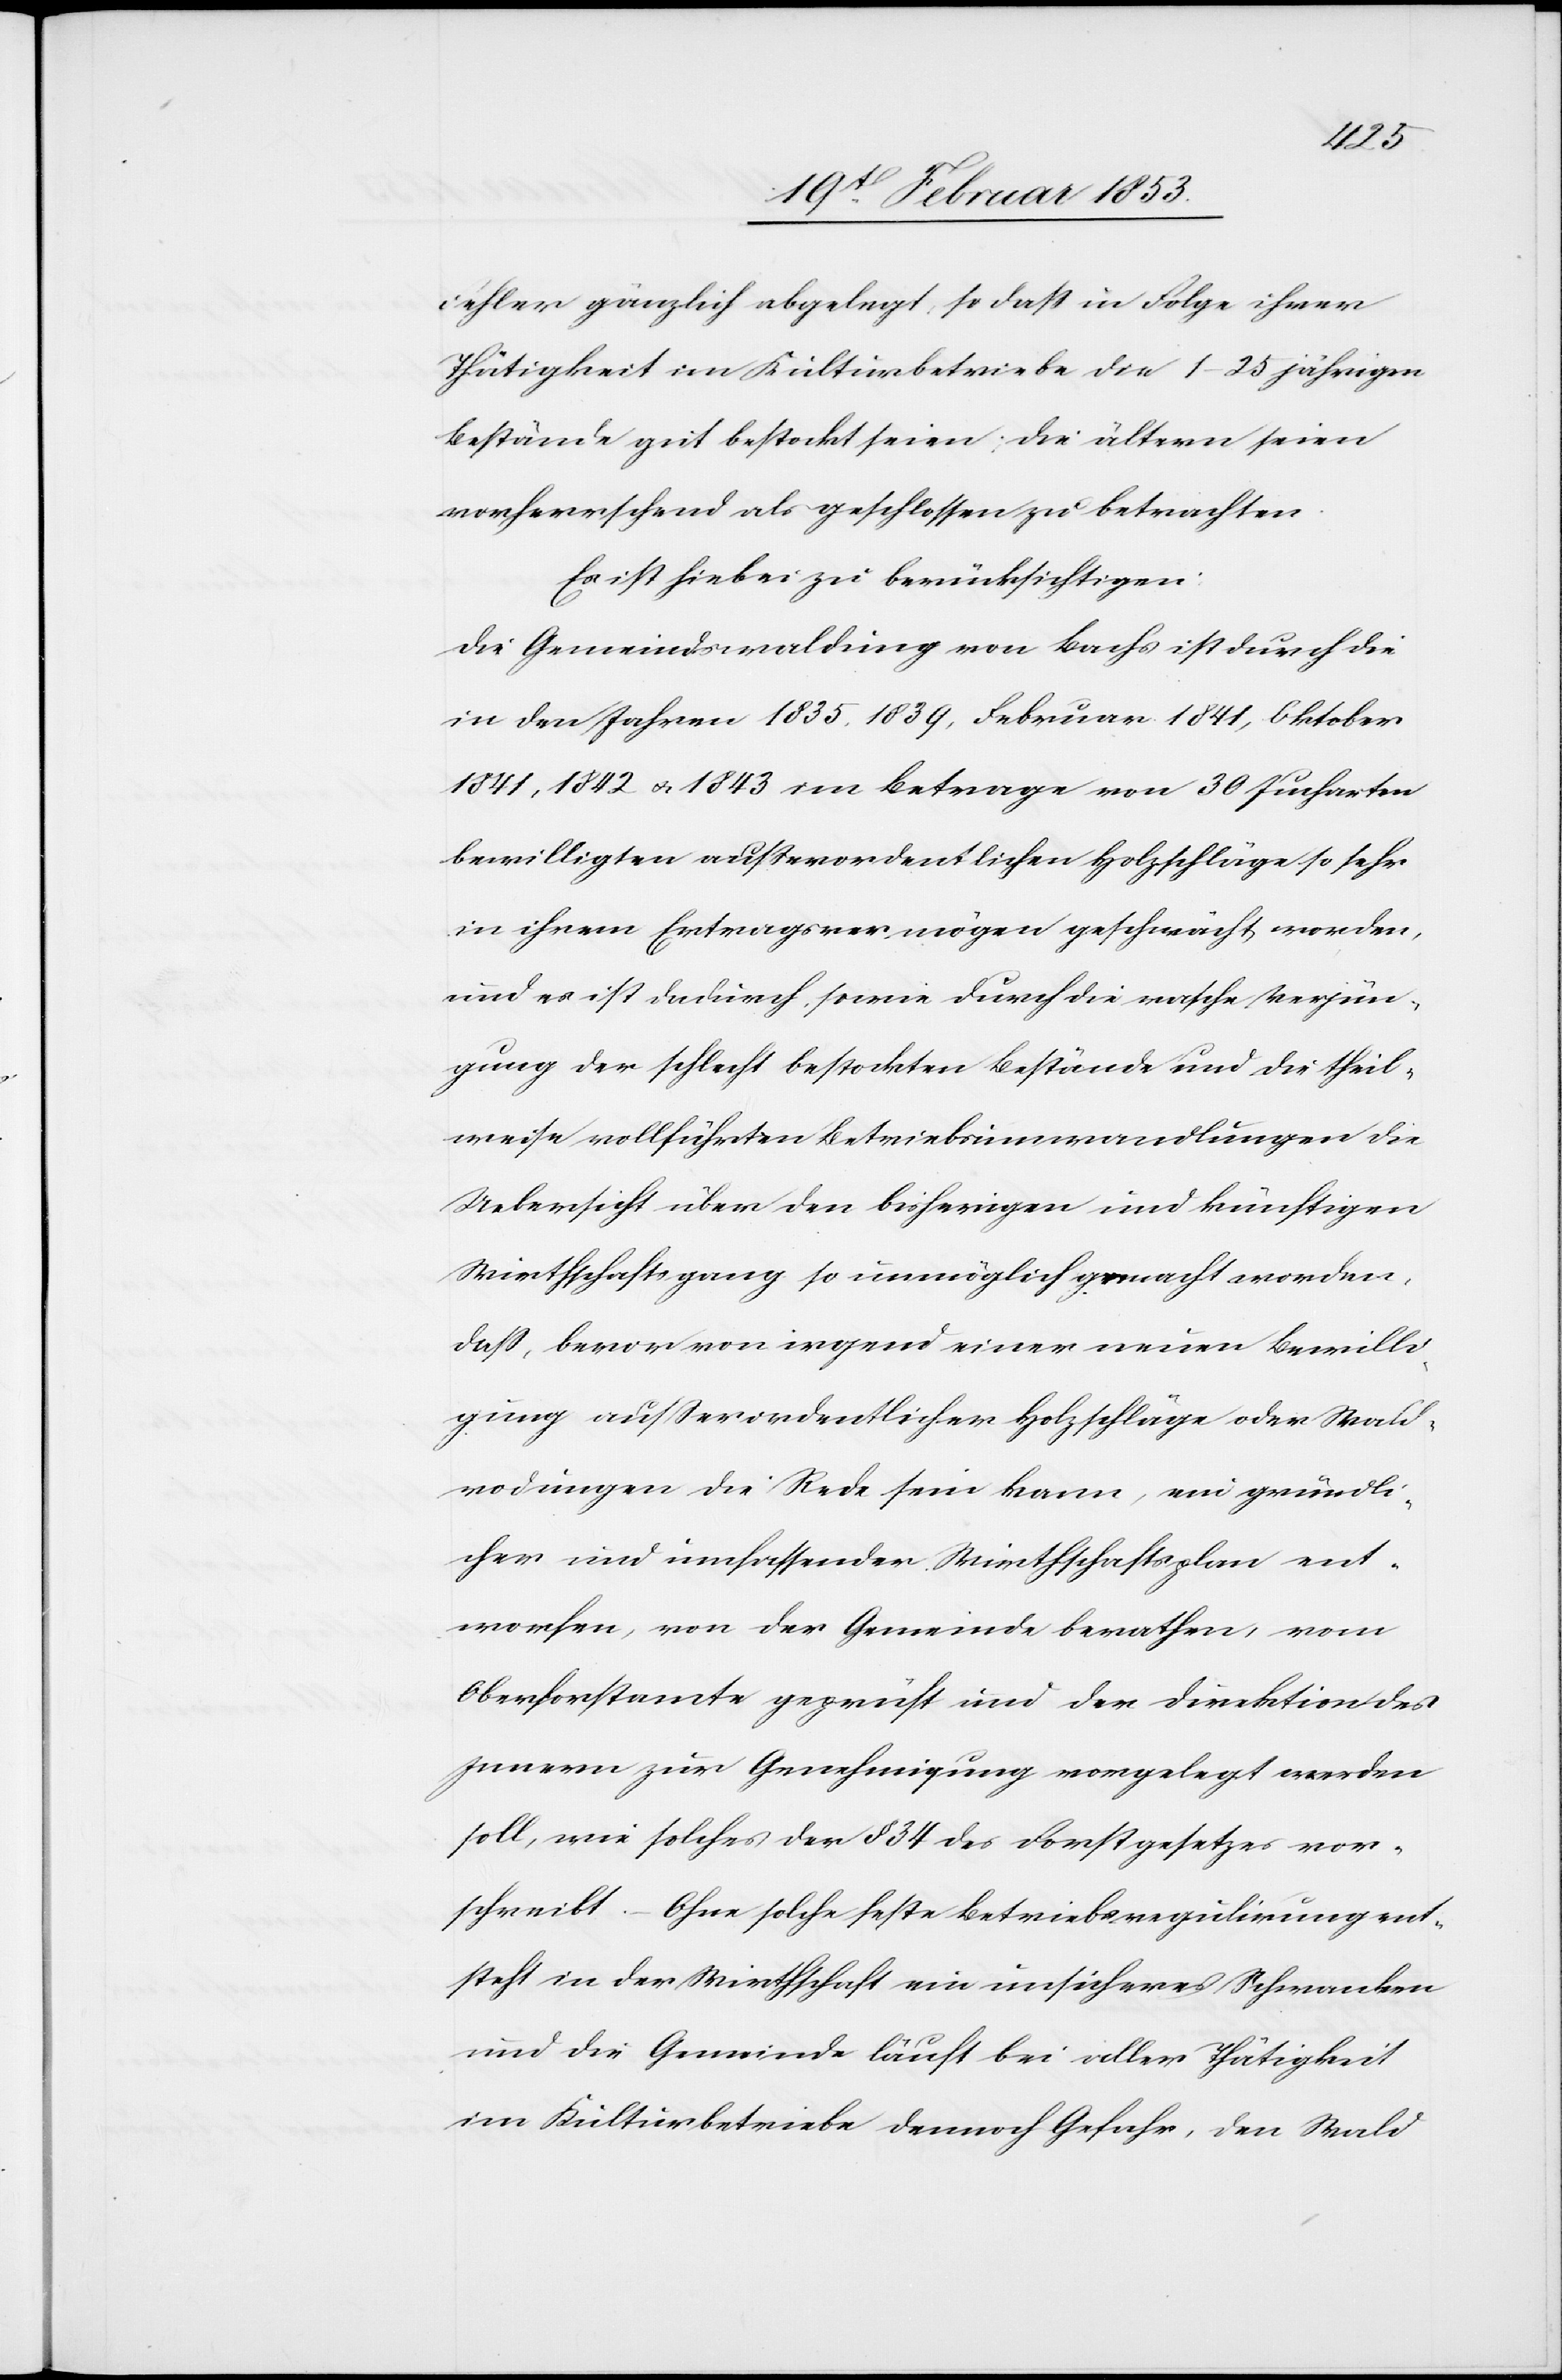
Fehler gänzlich abgelegt, so daß in Folge ihrer
Thätigkeit im Kulturbetriebe die 1–25 jährigen
Bestände gut bestockt seien; die ältern seien
vorherrschend als geschlossen zu betrachten.
Es ist hiebei zu berücksichtigen:
Die Gemeindswaldung von Bachs ist durch die
in den Jahren 1835–1839, Februar 1841, Oktober
1841, 1842 u. 1843 im Betrage von 30 Jucharten
bewilligten außerordentlichen Holzschläge so sehr
in ihrem Ertragsvermögen geschwächt worden,
und es ist dadurch, sowie durch die rasche Verjün¬
gung der schlecht bestockten Bestände und die theil¬
weise vollführten Betriebsumwandlungen die
Uebersicht über den bisherigen und künftigen
Wirthschaftsgang so unmöglich gemacht worden,
daß, bevor von irgend einer neuen Bewilli¬
gung außerordentlicher Beschläge oder Wald¬
rodungen die Rede sein kann, ein gründli¬
cher und umfassender Wirthschaftsplan ent¬
worfen, von der Gemeinde berathen, vom
Oberforstamte geprüft und der Direktion des
Innern zur Genehmigung vorgelegt werden
soll, wie solches der § 34 des Forstgesetzes vor¬
schreibt. – Ohne solche feste Betriebsregulirung ent¬
steht in der Wirthschaft ein unsicheres Schwanken
und die Gemeinde läuft bei voller Thätigkeit
im Kulturbetriebe dennoch Gefahr, den Wald